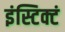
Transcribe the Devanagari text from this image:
इंस्टिक्टं